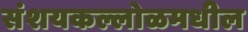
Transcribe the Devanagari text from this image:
संशयकल्लोळमधील